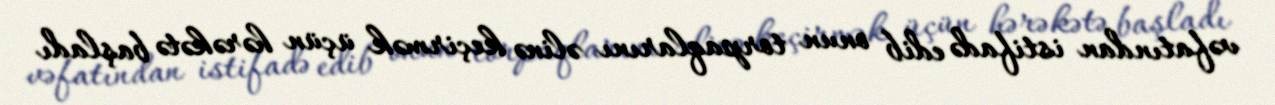
vəfatından istifadə edib onun torpaqlarını əlinə keçirmək üçün hərəkətə başladı